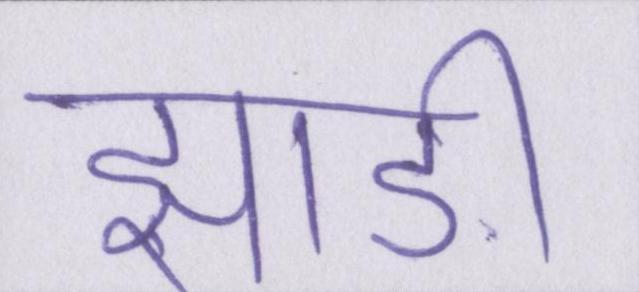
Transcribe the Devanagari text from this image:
झाड़ी